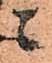
ニ